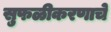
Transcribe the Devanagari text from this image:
सुफळीकरणाचे